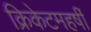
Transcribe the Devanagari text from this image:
क्रिकेटमहर्षी